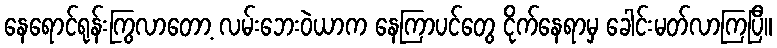
နေရောင်ရုန်းကြွလာတော့ လမ်းဘေးဝဲယာက နေကြာပင်တွေ ငိုက်နေရာမှ ခေါင်းမတ်လာကြပြီ။